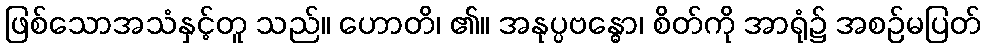
ဖြစ်သောအသံနှင့်တူ သည်။ ဟောတိ၊ ၏။ အနုပ္ပဗန္ဓော၊ စိတ်ကို အာရုံ၌ အစဉ်မပြတ်